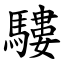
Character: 䮫